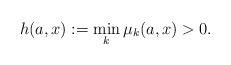
LaTeX: \begin{align*}h(a,x): =\min_k\mu_k(a,x) >0.\end{align*}